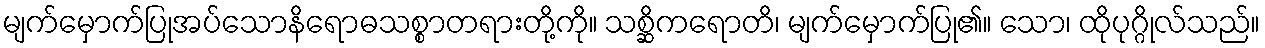
မျက်မှောက်ပြုအပ်သောနိရောဓသစ္စာတရားတို့ကို။ သစ္ဆိကရောတိ၊ မျက်မှောက်ပြု၏။ သော၊ ထိုပုဂ္ဂိုလ်သည်။